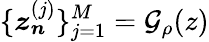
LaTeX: \{ \boldsymbol{z_{n}}^{(j)}\} _{j=1}^{M}=\mathcal{G}_{\rho}(z)